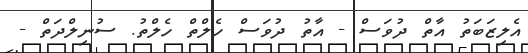
އެލިޒަބަތު އާތް ދުވަސް - އާތު ދުވަސް ހެލްތް ހެލްތު. ސުނިލްދަތް -